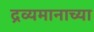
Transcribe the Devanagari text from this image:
द्रव्यमानाच्या